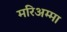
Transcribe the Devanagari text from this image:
मरिअम्मा